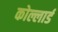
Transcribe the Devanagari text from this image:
कोल्लार्ड